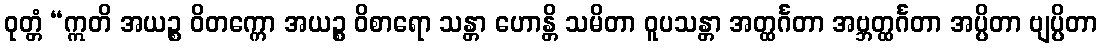
ဝုတ္တံ “ဣတိ အယဉ္စ ဝိတက္ကော အယဉ္စ ဝိစာရော သန္တာ ဟောန္တိ သမိတာ ဝူပသန္တာ အတ္ထင်္ဂတာ အဗ္ဘတ္ထင်္ဂတာ အပ္ပိတာ ဗျပ္ပိတာ